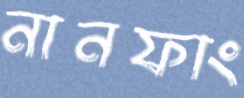
নানফাং